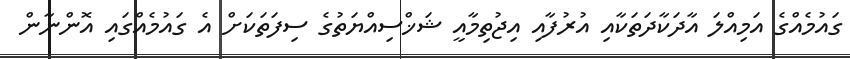
ގައުމެއްގެ އަމިއްލަ އާދަކާދަތަކާއި އުރުފާއި އިޖުތިމާއީ ޝަޚްސިއްޔަތުގެ ސިފަތަކަށް އެ ގައުމެއްގައި އޮންނާން